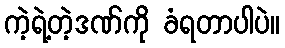
ကဲ့ရဲ့တဲ့ဒဏ်ကို ခံရတာပါပဲ။